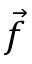
\vec { f }